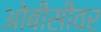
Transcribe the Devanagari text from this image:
ओबीसींवर